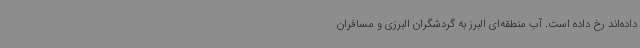
داده‌اند رخ داده است. آب منطقه‌ای البرز به گردشگران البرزی و مسافران